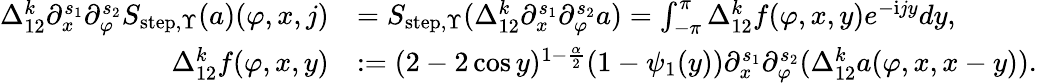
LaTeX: \begin{array}{rl}{\Delta_{12}^{k}\partial_{x}^{s_{1}}\partial_{\varphi}^{s_{2}}S_{\mathrm{step},\Upsilon}(a)(\varphi,x,j)}&{=S_{\mathrm{step},\Upsilon}(\Delta_{12}^{k}\partial_{x}^{s_{1}}\partial_{\varphi}^{s_{2}}a)=\int_{-\pi}^{\pi}\Delta_{12}^{k}f(\varphi,x,y)e^{-\mathrm{i}jy}dy,}\\ {\Delta_{12}^{k}f(\varphi,x,y)}&{:=(2-2\cos y)^{1-\frac{\alpha}2}(1-\psi_{1}(y))\partial_{x}^{s_{1}}\partial_{\varphi}^{s_{2}}(\Delta_{12}^{k}a(\varphi,x,x-y)).}\end{array}